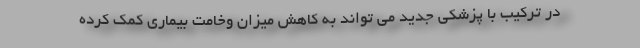
در ترکیب با پزشکی جدید می تواند به کاهش میزان وخامت بیماری کمک کرده